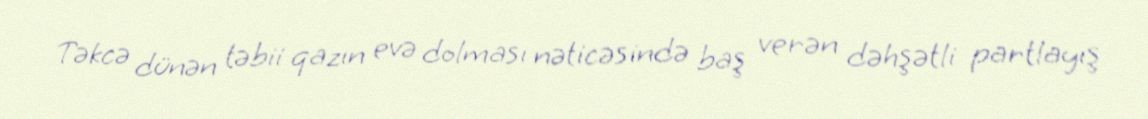
Təkcə dünən təbii qazın evə dolması nəticəsində baş verən dəhşətli partlayış